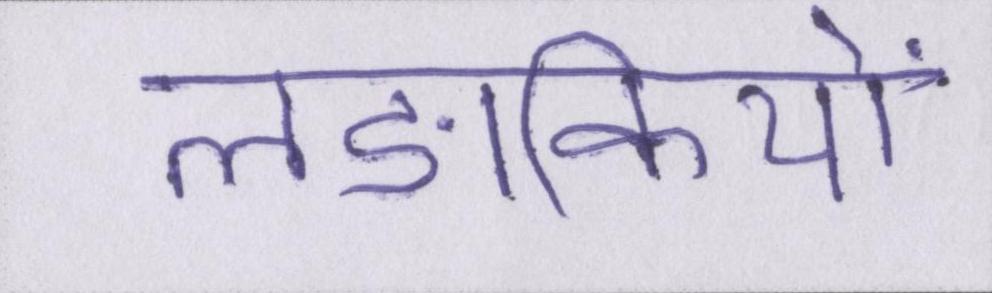
लङकियों